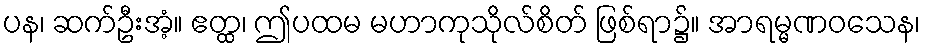
ပန၊ ဆက်ဦးအံ့။ ဧတ္ထ၊ ဤပထမ မဟာကုသိုလ်စိတ် ဖြစ်ရာ၌။ အာရမ္မဏဝသေန၊